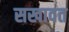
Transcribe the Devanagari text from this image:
सखावत